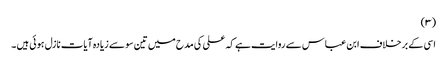
(٣)
اسی کے برخلاف ابن عباس سے روایت ہے کہ علی کی مدح میں تین سو سے زیادہ آیات نازل ہوئی ہیں ۔